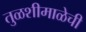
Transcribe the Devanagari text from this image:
तुळशीमाळेची